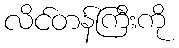
လိင်တန်ကြီးကို